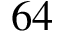
6 4